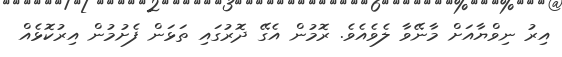
އިރު ނިވްޔާއަށް މާނޭވާ ލެވެއެވެ. ރޮމުން އެގޭ ދޮރުގައި ތަޅަން ފެށުމުން އިރުކޮޅެއް